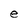
Character: e